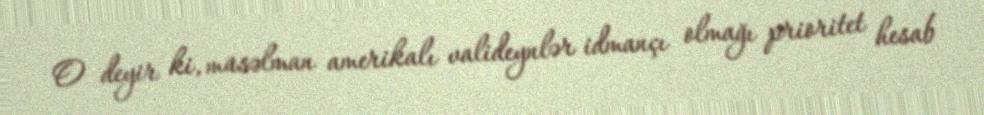
O deyir ki, müsəlman amerikalı valideynlər idmançı olmağı prioritet hesab